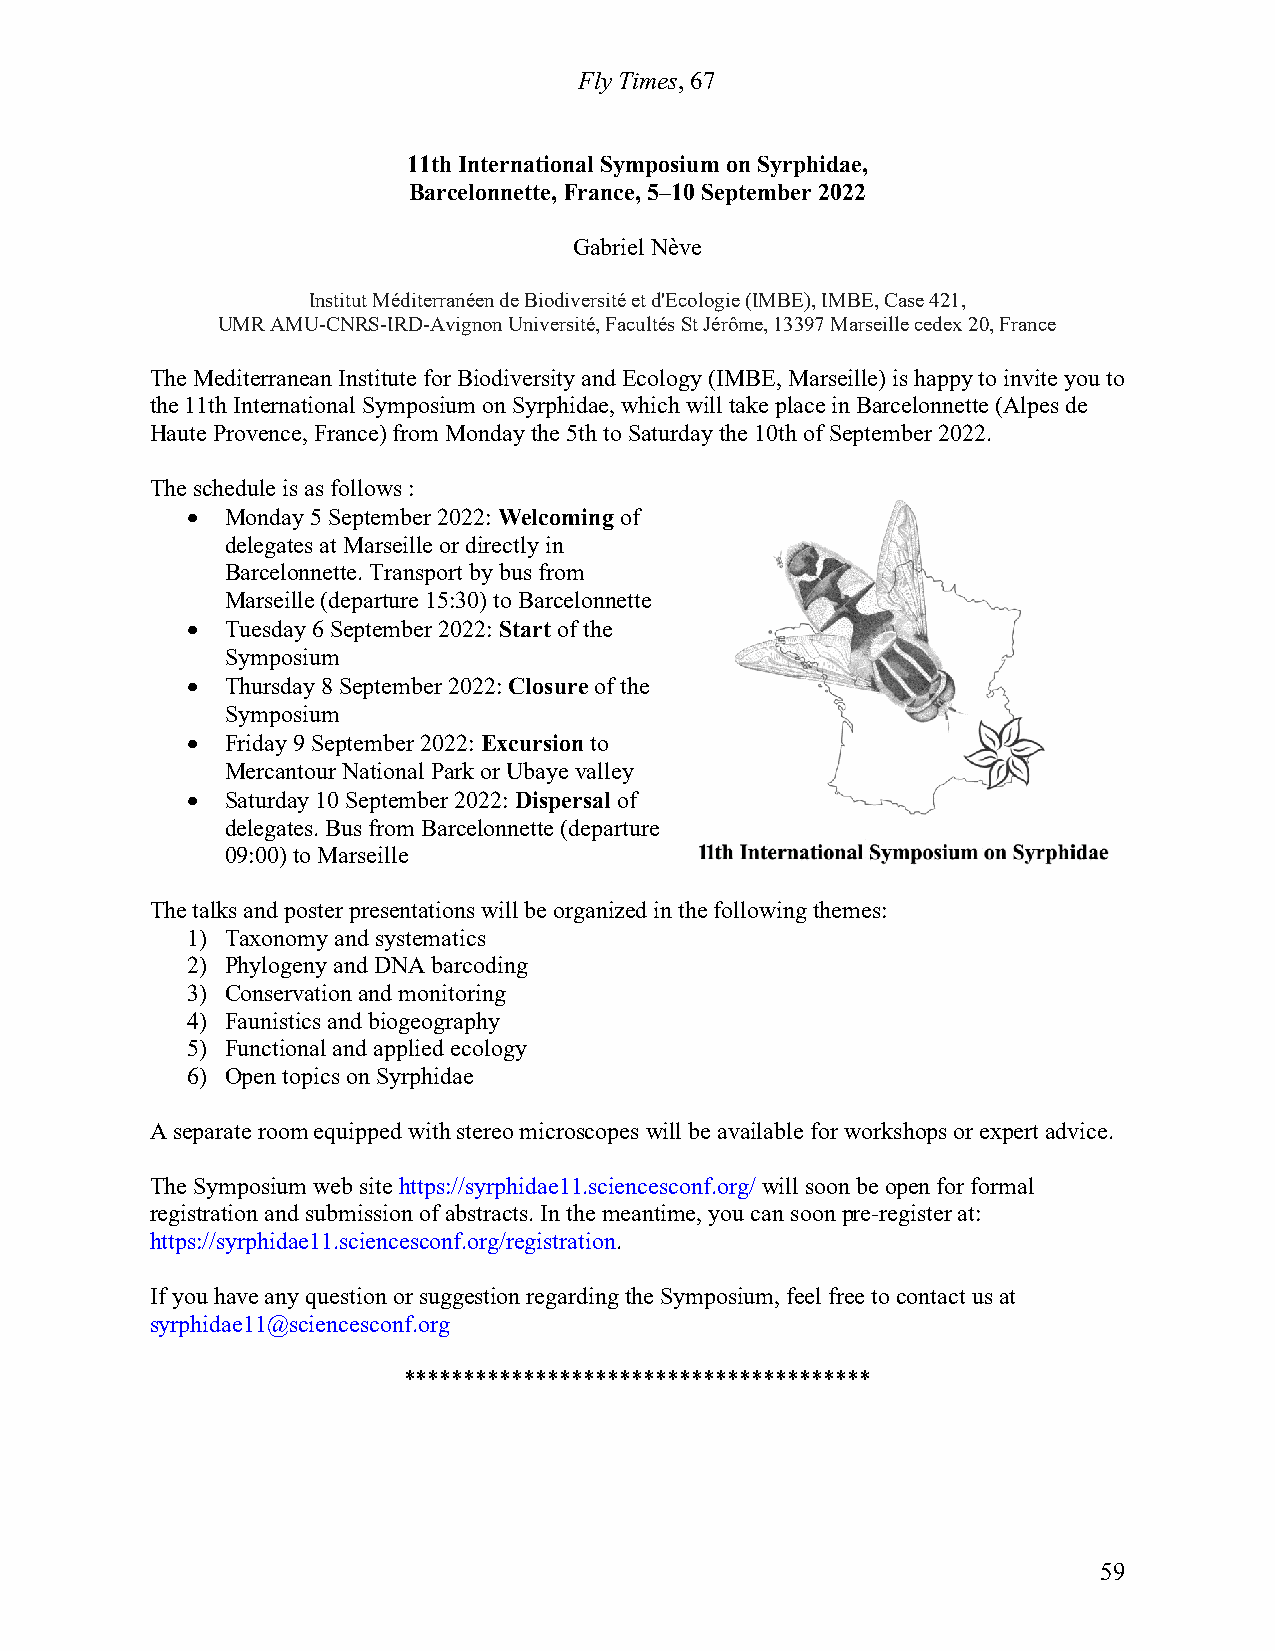
Fly Times, 67
 11th International Symposium on Syrphidae,
 Barcelonnette, France, 5–10 September 2022
 Gabriel Nève
 Institut Méditerranéen de Biodiversité et d'Ecologie (IMBE), IMBE, Case 421,
 UMR AMU-CNRS-IRD-Avignon Université, Facultés St Jérôme, 13397 Marseille cedex 20, France
 The Mediterranean Institute for Biodiversity and Ecology (IMBE, Marseille) is happy to invite you to
 the 11th International Symposium on Syrphidae, which will take place in Barcelonnette (Alpes de
 Haute Provence, France) from Monday the 5th to Saturday the 10th of September 2022.
 The schedule is as follows :
   Monday 5 September 2022: Welcoming of
 delegates at Marseille or directly in
 Barcelonnette. Transport by bus from
 Marseille (departure 15:30) to Barcelonnette
   Tuesday 6 September 2022: Start of the
 Symposium
   Thursday 8 September 2022: Closure of the
 Symposium
   Friday 9 September 2022: Excursion to
 Mercantour National Park or Ubaye valley
   Saturday 10 September 2022: Dispersal of
 delegates. Bus from Barcelonnette (departure
 09:00) to Marseille
 The talks and poster presentations will be organized in the following themes:
 1) Taxonomy and systematics
 2) Phylogeny and DNA barcoding
 3) Conservation and monitoring
 4) Faunistics and biogeography
 5) Functional and applied ecology
 6) Open topics on Syrphidae
 A separate room equipped with stereo microscopes will be available for workshops or expert advice.
 The Symposium web site https://syrphidae11.sciencesconf.org/ will soon be open for formal
 registration and submission of abstracts. In the meantime, you can soon pre-register at:
 https://syrphidae11.sciencesconf.org/registration.
 If you have any question or suggestion regarding the Symposium, feel free to contact us at
 syrphidae11@sciencesconf.org
 ***************************************
 59